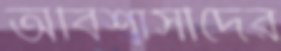
অবিশ্বাসীদের